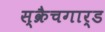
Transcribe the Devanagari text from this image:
स्क्रैचगार्ड